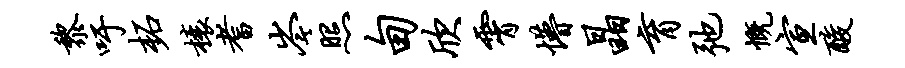
黎吁柘榱耆岑照甸欣霄懵晶育弛慨宣酸